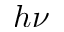
h \nu